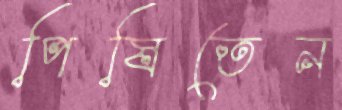
পিষিতেন